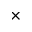
\times